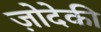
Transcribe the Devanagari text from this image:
ज़ोदेकी